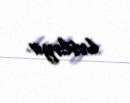
bəsləyir.